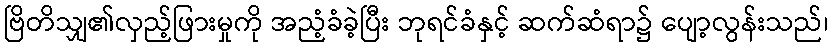
ဗြိတိသျှ၏လှည့်ဖြားမှုကို အညံ့ခံခဲ့ပြီး ဘုရင်ခံနှင့် ဆက်ဆံရာ၌ ပျော့လွန်းသည်၊